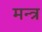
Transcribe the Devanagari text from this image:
मन्‍त्र